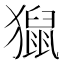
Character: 𤢡